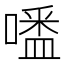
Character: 𠽲